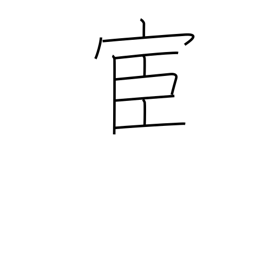
Meaning: official